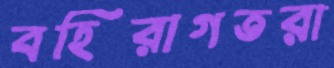
বহিরাগতরা